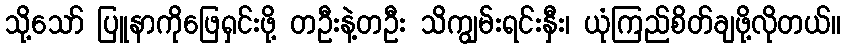
သို့သော် ပြူနာကိုဖြေရှင်းဖို့ တဦးနဲ့တဦး သိကျွမ်းရင်းနှီး၊ ယုံကြည်စိတ်ချဖို့လိုတယ်။